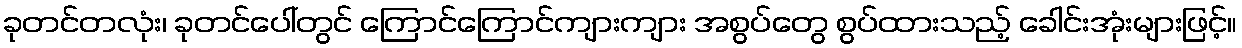
ခုတင်တလုံး၊ ခုတင်ပေါ်တွင် ကြောင်ကြောင်ကျားကျား အစွပ်တွေ စွပ်ထားသည့် ခေါင်းအုံးများဖြင့်။